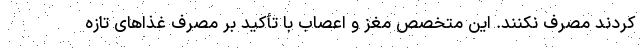
کردند مصرف نکنند. این متخصص مغز و اعصاب با تأکید بر مصرف غذاهای تازه